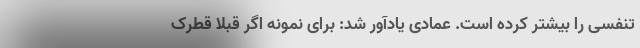
تنفسی را بیشتر کرده است. عمادی یادآور شد: برای نمونه اگر قبلا قطرک